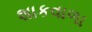
શાકવાળા